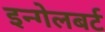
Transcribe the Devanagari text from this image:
इन्गेलबर्ट